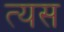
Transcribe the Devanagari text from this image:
त्यस